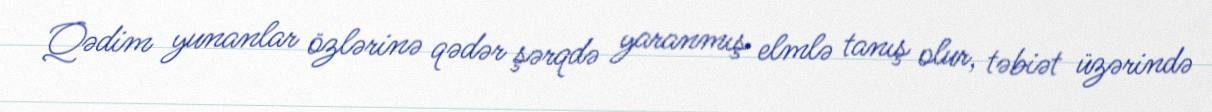
Qədim yunanlar özlərinə qədər şərqdə yaranmış elmlə tanış olur, təbiət üzərində